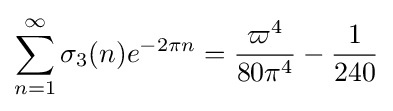
\sum _{n=1}^{\infty }\sigma _{3}(n)e^{-2\pi n}={\frac {\varpi ^{4}}{80\pi ^{4}}}-{\frac {1}{240}}